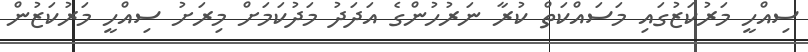
ސިއްހީ މަރުކަޒުގައި މަސައްކަތް ކުރާ ނަރުހުންގެ އަދަދު މަދުކަމަށް މިރަށު ސިއްހީ މަރުކަޒުން